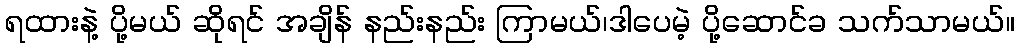
ရထားနဲ့ ပို့မယ် ဆိုရင် အချိန် နည်းနည်း ကြာမယ်၊ဒါပေမဲ့ ပို့ဆောင်ခ သက်သာမယ်။